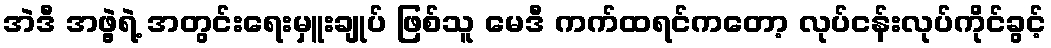
အဲဒီ အဖွဲ့ရဲ့ အတွင်းရေးမှူးချုပ် ဖြစ်သူ မေဒီ ကက်ထရင်ကတော့ လုပ်ငန်းလုပ်ကိုင်ခွင့်